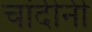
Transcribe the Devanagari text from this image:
चांदीनी